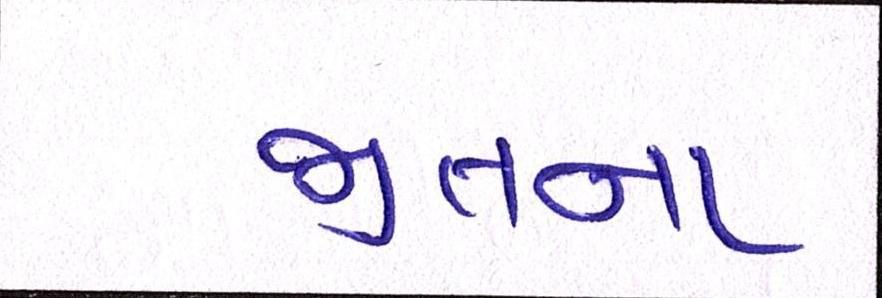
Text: જીતના